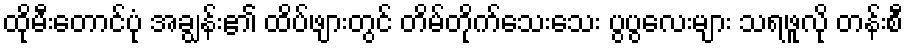
ထိုမီးတောင်ပုံ အချွန်း၏ ထိပ်ဖျားတွင် တိမ်တိုက်သေးသေး ပွပွလေးများ သရဖူလို တန်းစီ